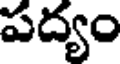
పద్యం